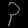
Digit: ၃